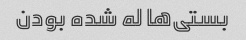
بستی‌ها له شده بودن